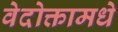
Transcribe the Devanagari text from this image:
वेदोक्तामधे